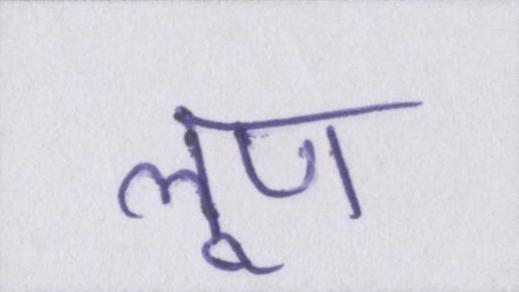
लूण